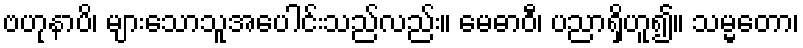
ဗဟုနာပိ၊ များသောသူအပေါင်းသည်လည်း။ မေဓာဝီ၊ ပညာရှိဟူ၍။ သမ္မတော၊